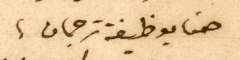
هنا بوظيفة ترجمان،